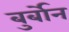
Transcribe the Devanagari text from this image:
बुर्बोन